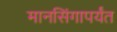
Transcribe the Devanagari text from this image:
मानसिंगापर्यंत